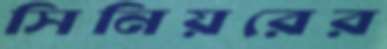
সিনিয়রের